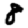
Digit: 8